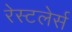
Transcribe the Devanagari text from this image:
रेस्टलेर्स